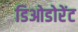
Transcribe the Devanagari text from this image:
डिओडोरेंट